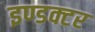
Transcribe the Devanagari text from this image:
इण्डक्टर